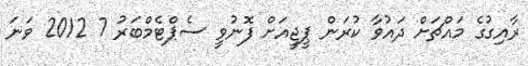
ރާއިގުގެ މައްޗަށް ދައުވާ ކުރަން ޕީޖީއަށް ފޮނުވީ ސެޕްޓެމްބަރު 7 2012 ވަނަ